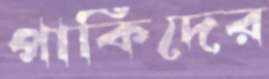
পাকিদের